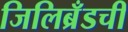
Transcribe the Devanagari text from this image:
जिलिब्रँडची